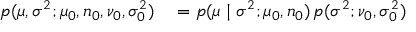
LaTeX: \begin{array} { r l } { p ( \mu , \sigma ^ { 2 } ; \mu _ { 0 } , n _ { 0 } , \nu _ { 0 } , \sigma _ { 0 } ^ { 2 } ) } & { { } = p ( \mu \mid \sigma ^ { 2 } ; \mu _ { 0 } , n _ { 0 } ) \, p ( \sigma ^ { 2 } ; \nu _ { 0 } , \sigma _ { 0 } ^ { 2 } ) } \end{array}